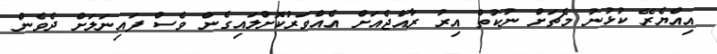
އިއްޔެރޭ ކުޅުނު މެޗަށް ނުކުތް އިރު ރާއްޖެއަށް އެއްވަރުކޮށްލައިގެން ވެސް ފައިނަލަށް ދެވެން